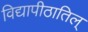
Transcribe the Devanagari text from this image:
विद्यापीठातिल्